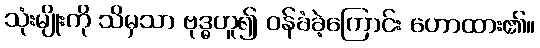
သုံးမျိုးကို သိမှသာ ဗုဒ္ဓဟူ၍ ဝန်ခံခဲ့ကြောင်း ဟောထား၏။